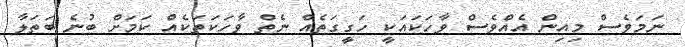
ނަމަވެސް މިއިން އެއްވެސް ވާހަކައަކީ ހަގީގަތެއް ނެތް ވާހަކަތަކެއް ކަމަށް ބުނެ ބަތަލާ